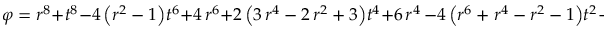
\varphi = r ^ { 8 } + t ^ { 8 } - 4 \, { \left( r ^ { 2 } - 1 \right) } t ^ { 6 } + 4 \, r ^ { 6 } + 2 \, { \left( 3 \, r ^ { 4 } - 2 \, r ^ { 2 } + 3 \right) } t ^ { 4 } + 6 \, r ^ { 4 } \, - 4 \, { \left( r ^ { 6 } + r ^ { 4 } - r ^ { 2 } - 1 \right) } t ^ { 2 } + 4 \, r ^ { 2 } + 1